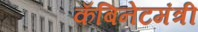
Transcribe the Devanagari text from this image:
कँबिनेटमंत्री